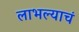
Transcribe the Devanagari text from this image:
लाभल्याचं